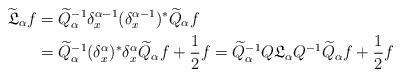
LaTeX: \begin{align*}\widetilde{\mathfrak{L}}_\alpha f &= \widetilde{Q}_{\alpha}^{-1} \delta_x^{\alpha -1}(\delta_x^{\alpha-1})^* \widetilde{Q}_{\alpha} f \\&= \widetilde{Q}_{\alpha}^{-1} (\delta_x^{\alpha})^*\delta_x^{\alpha} \widetilde{Q}_{\alpha} f +\frac12 f = \widetilde{Q}_{\alpha}^{-1} Q {\mathfrak{L}}_\alpha Q^{-1}\widetilde{Q}_{\alpha} f +\frac12 f \end{align*}